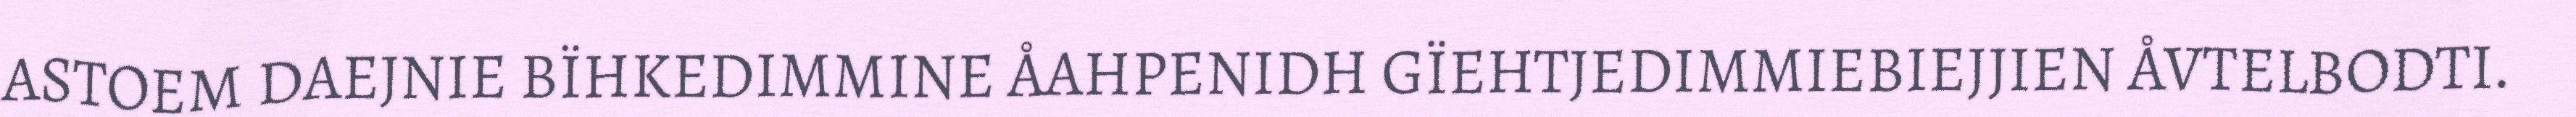
ASTOEM DAEJNIE BÏHKEDIMMINE ÅAHPENIDH GÏEHTJEDIMMIEBIEJJIEN ÅVTELBODTI.